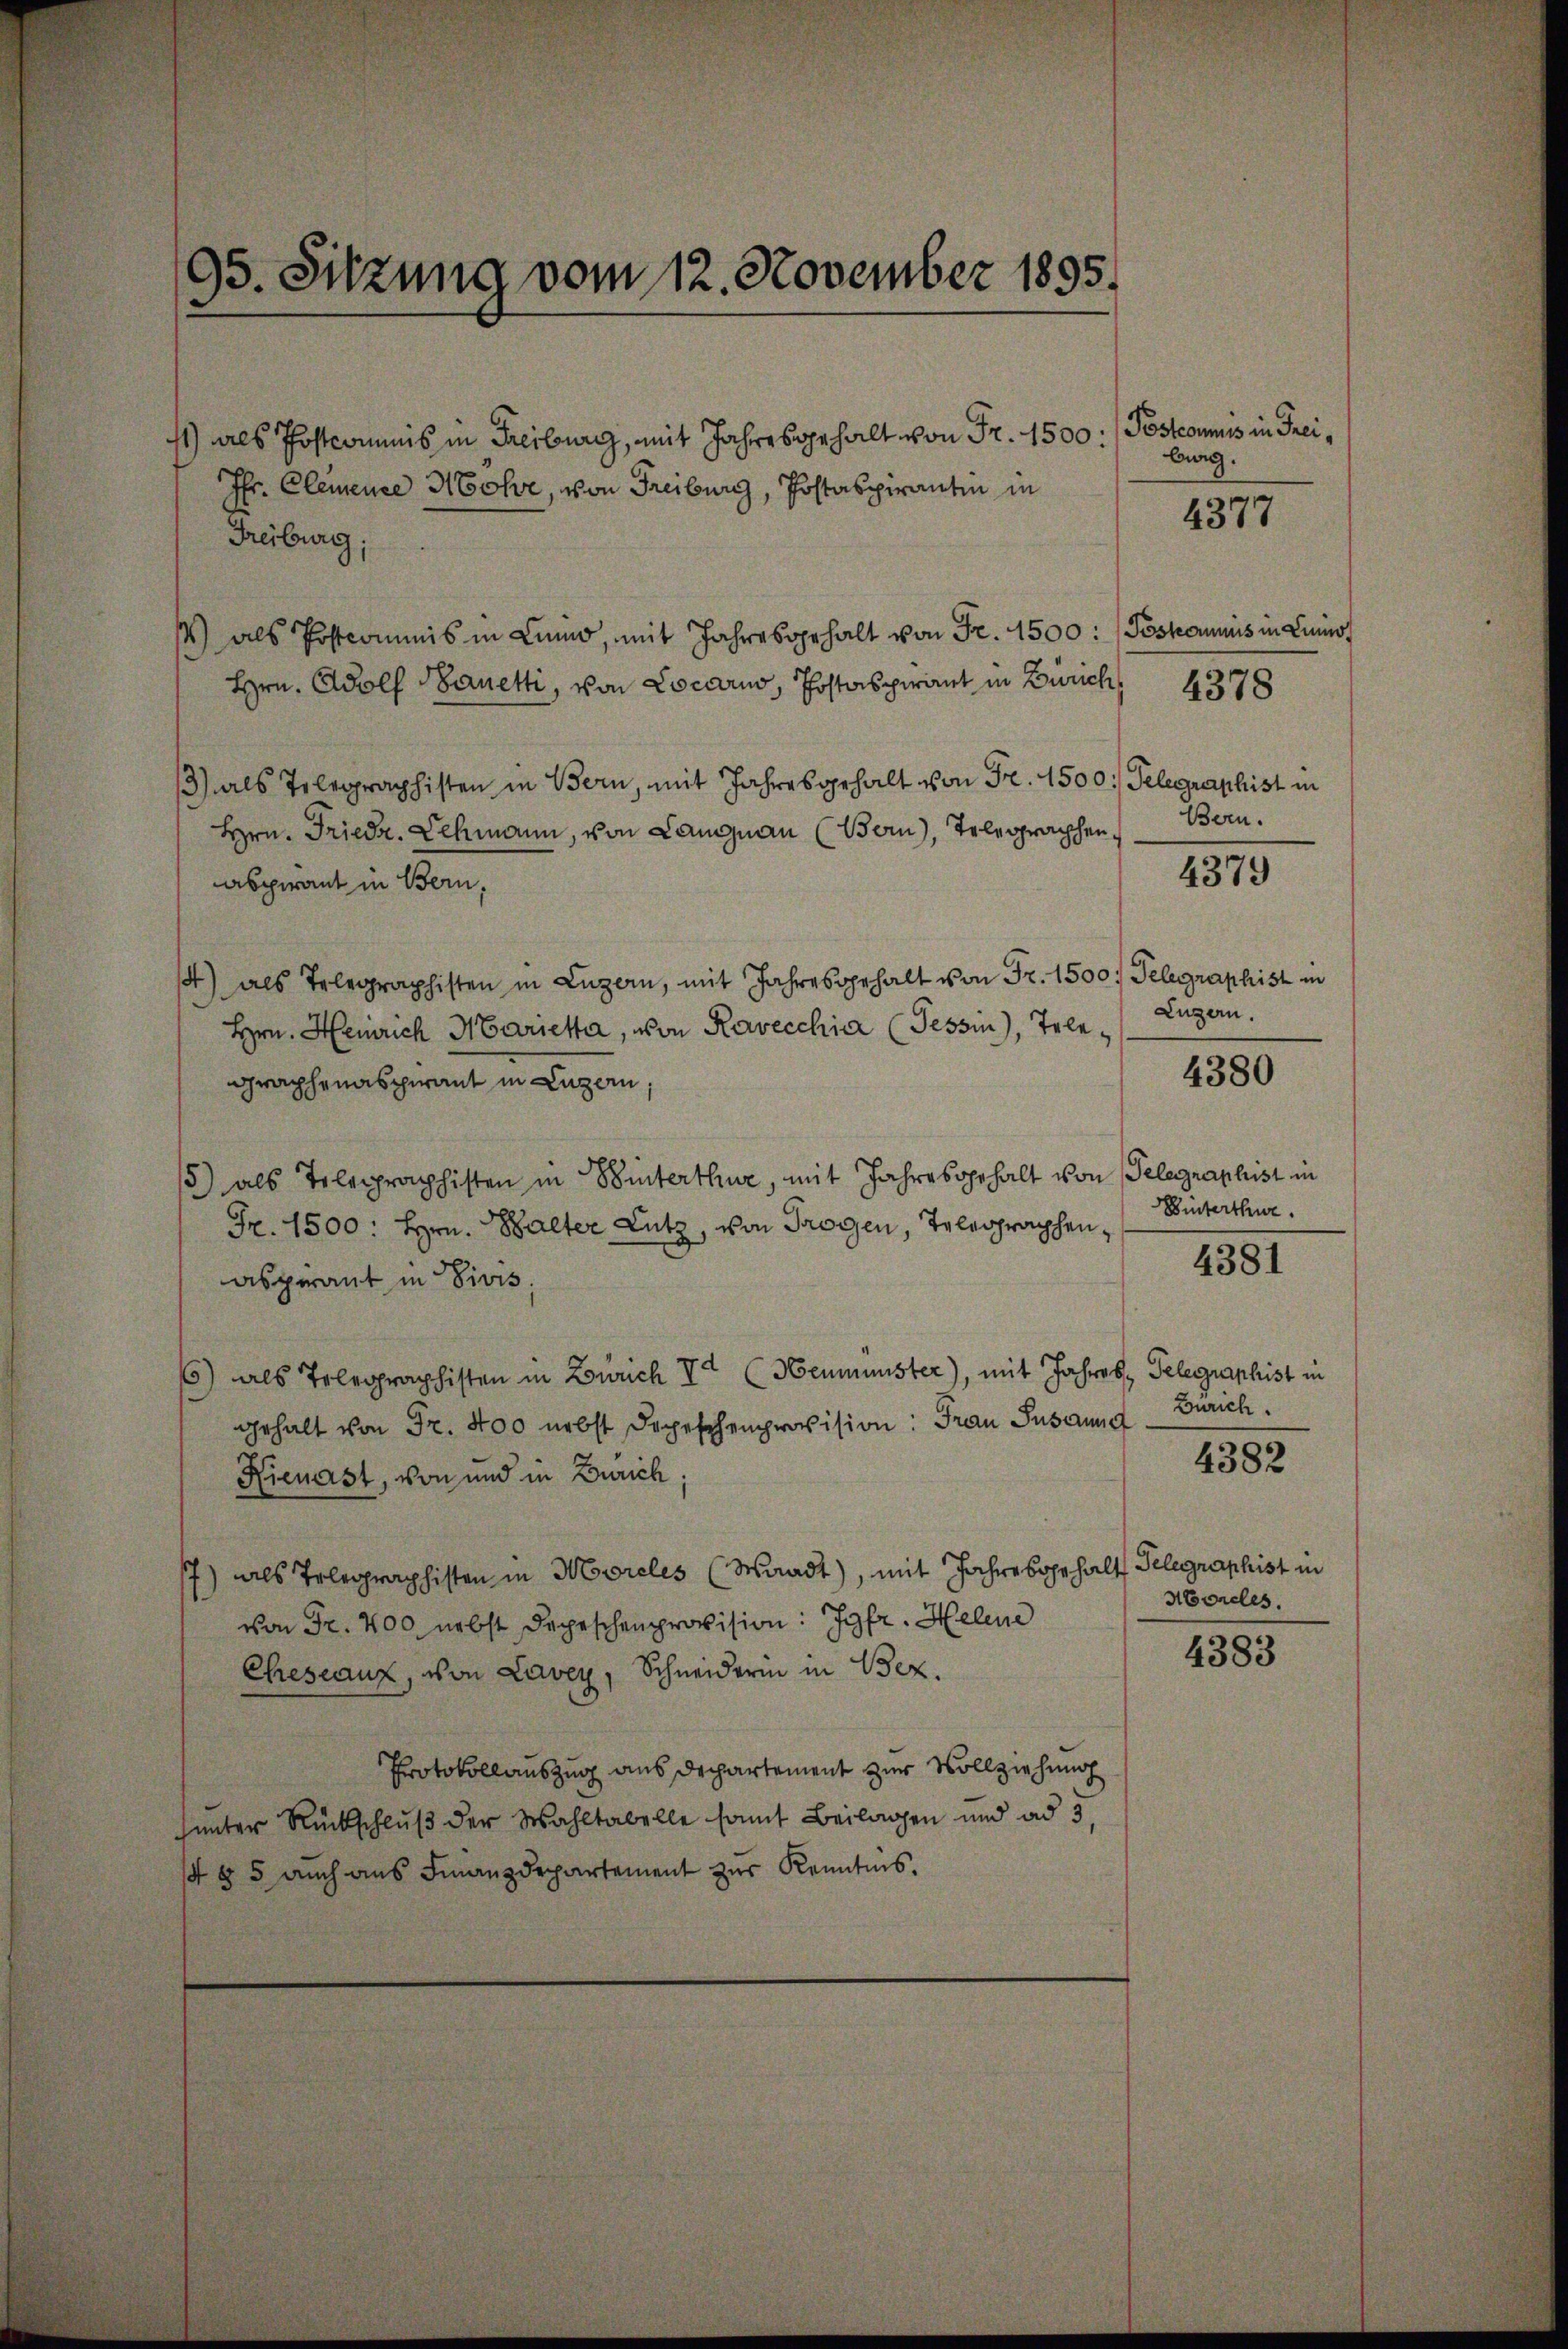
95. Sitzung vom 12. November 1895.

1) als Postcommis in Freiburg, mit Jahres gehalt von Fr. 1500:
Pfr. Clemence Mohr, von Freiburg, Postaspirantin in
Freiburg
) als Postcommis in Luno, mit Jahresgehalt von Fr. 1500 : (Poskaunis in Lini
Hrn. Adolf Sanetti, von Locarno, Postaspwant in Zürich,
3) als Telegraphisten in Bern, mit Jahresgehalt von Fr. 1500. Telegraphist in
Hrn. Friedr. Lehmann, von Langnau (Bern), Telegraphen
aspirant in Bern,
4) als Telegraphisten in Luzern, mit Jahresgehalt von Fr. 1500. Telegraphist in
Hrn. Heinrich Marieta, von Ravecchia (Tessin, Tele
graphenasciant in Luzern,
5) als Telegraphisten in Winterthur, mit Jahresgehalt von Telegraphist in
Fr. 1500: Hrn. Walter Lutz, von Trogen, Telegraphen,
aspirant in Divis;
6) als Telegraphisten in Zürich V (Neumünster), mit Jahres Telegraphist in
gehalt von Fr. 400 nebst Depeschenprovision: Frau Susanna
Hienast, von und in Zürich
7) als Telegraphisten in Moreles (Waadt), mit Jahresgehalt Telegraphist in
von Fr. 400 nebst Depeschenprovision: Jgfr. Helene
Cheseanz, von Laver, Schneiderin in Bez.
Protokollauszug aus Dechartement zur Vollziehung
unter Rückschluß der Wahltabelle somit Beilagen und ad 5,
14 § 5 auch aus Finanzdepartement zur Kenntnis.

Pöstcommis in Freiburg.

4377

4378

Bern.

4379

Luzern.

4380

Hinterthur.

4381

Zürich.
Moreles.

4382

4383